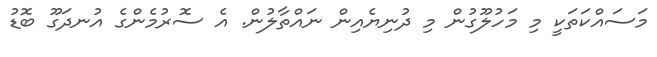
މަސައްކަތަކީ މި މަހުލޫގުން މި ދުނިޔެއިން ނައްތާލުން. އެ ސޮރުމެންގެ އުނދަގޫ ބޮޑު